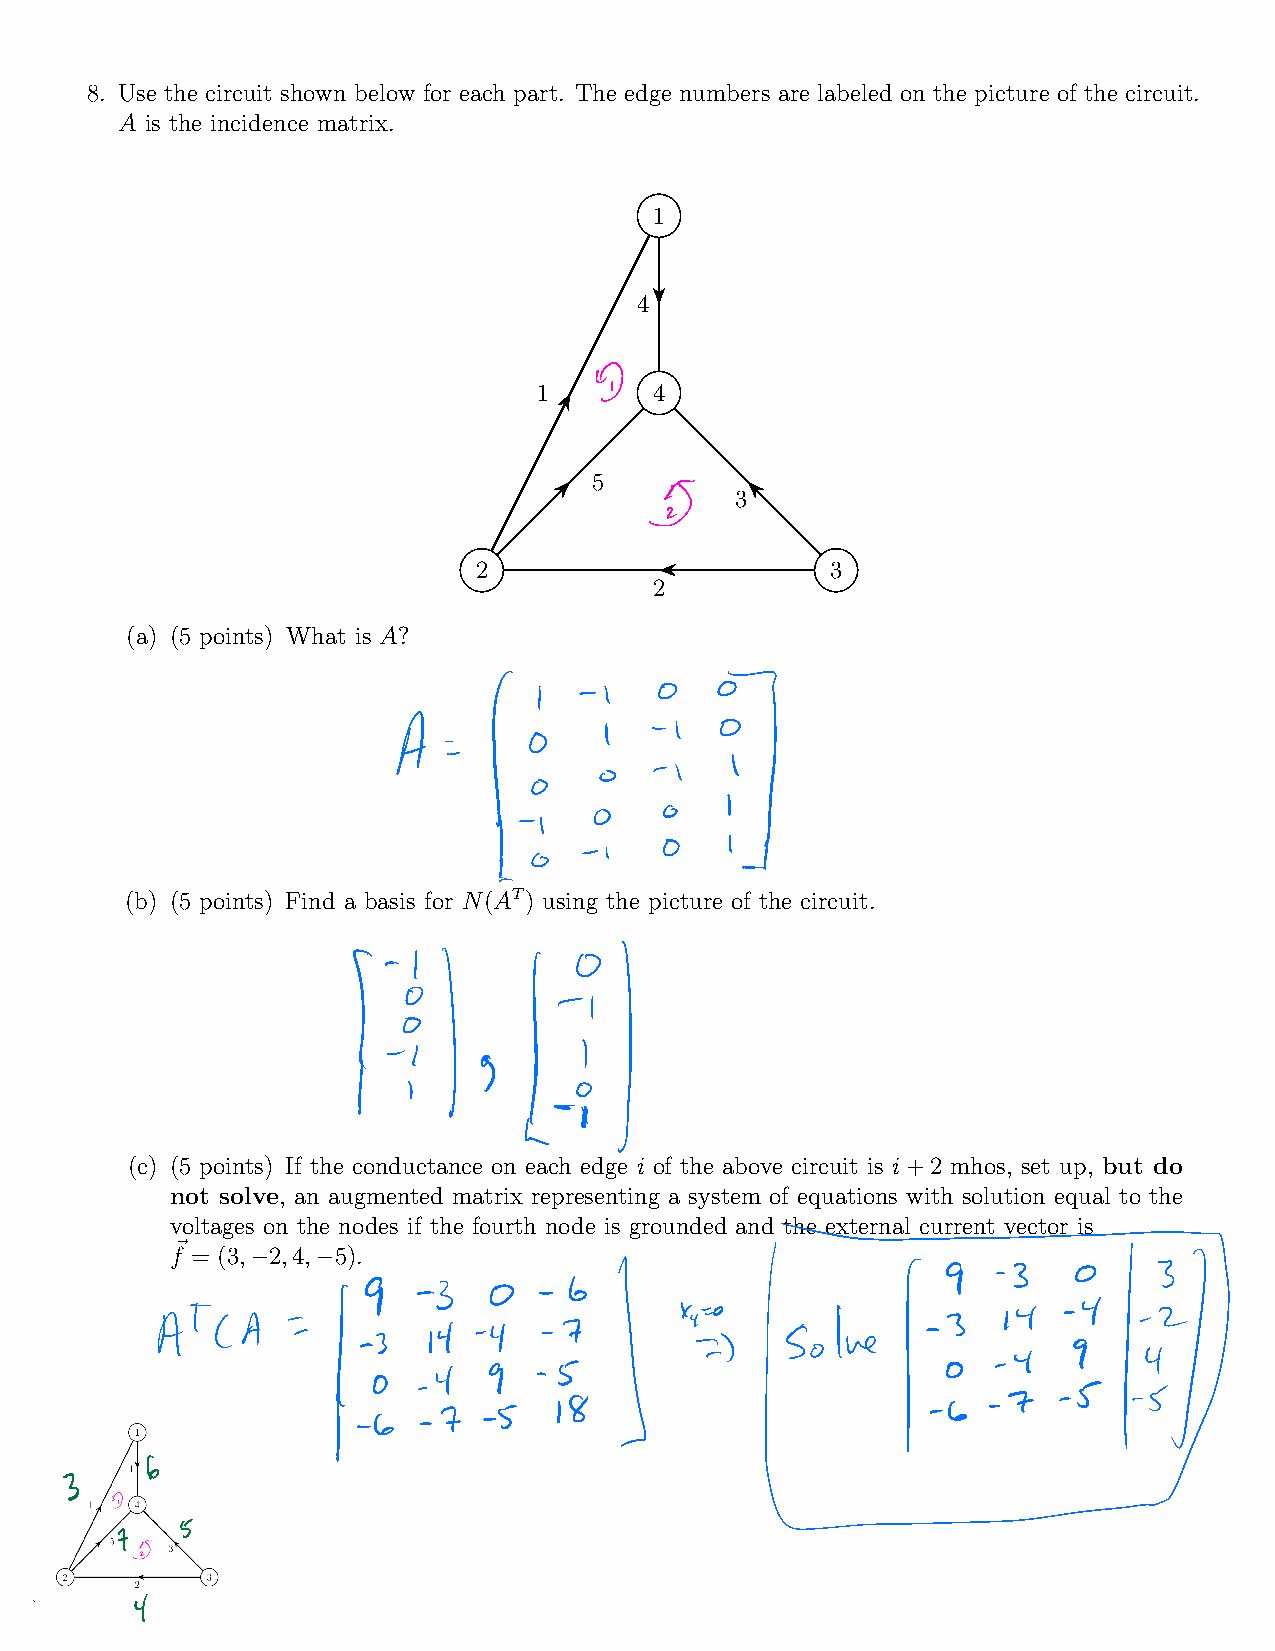
8. Use the circuit shown below for each part. The edge numbers are labeled on the picture of the circuit.
 A is the incidence matrix.
 1
 4
 1      4
 5
 E    3
 2                       3
 2
 (a) (5 points) What is A?
 A
 1
 o    I
 o
 I
 g
 I
 (b) (5 points) Find a basis for N(AT) using the picture of the circuit.
 1     1        1
 (c) (5 points) If the conductance on each edge i of the above circuit is i+2 mhos, set up, but do
 not solve, an augmented matrix representing a system of equations with solution equal to the
 voltages on the nodes if the fourth node is grounded and the external current vector is
 ~
 f = (3, 2,4, 5).

 9    3   0    6
 Atca        1      it 4    7              s.lu
 I
 I 15   58
 1
 6
 3
 5
 t
 4